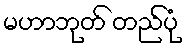
မဟာဘုတ် တည်ပုံ